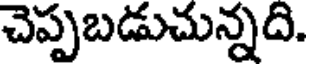
చెప్పబడుచున్నది.